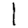
Digit: 1